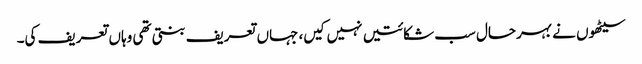
سیٹھوں نے بہرحال سب شکائتیں نہیں کیں، جہاں تعریف بنتی تھی وہاں تعریف کی۔